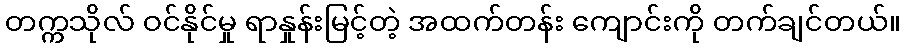
တက္ကသိုလ် ဝင်နိုင်မှု ရာနှုန်းမြင့်တဲ့ အထက်တန်း ကျောင်းကို တက်ချင်တယ်။